Report of the Municipal Commissioner on the plague in Bombay for the year ending 31st May... - Volume 3
Disease focus: Plague
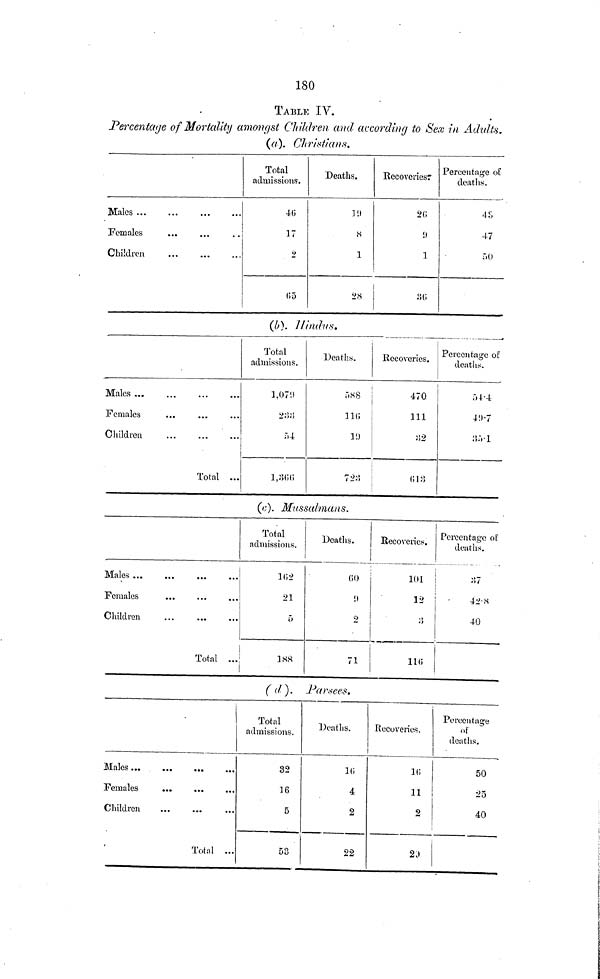
180
TABLE IV.
Percentage of Mortality amongst Children and according to Sex in Adults.
(a). Christians.
Males ...
Females
...
Children
Total
admissions.
46
17
9
(55
Deaths.
19
«s
1
2S
Recoveries
26
9
1
26
Percentage of
deaths.
45
47
50
(b). Hindus.
Males ...
...
Females
Children
Total ...
Total
admissions.
1,07!)
233
54
1266
Deaths.
116
19
Recoveries.
470
111
32
113
Percentage of
deaths.
49.7
35.1
(c). Mussalmans.
Males
Females
Children
Total ...
Total
admissions.
152
21
5
188
Deaths.
60
1
2
71
Recoveries.
101
12
116
Percentage of
deaths.
37
40
( d). Par sees.
Males
Females
Children
Total ...
Total
admissions.
32
16
5
53
Deaths.
1(5
4
2
22
Recoveries.
1(5
11
2
29
Percentage
of
deaths.
50
25
40